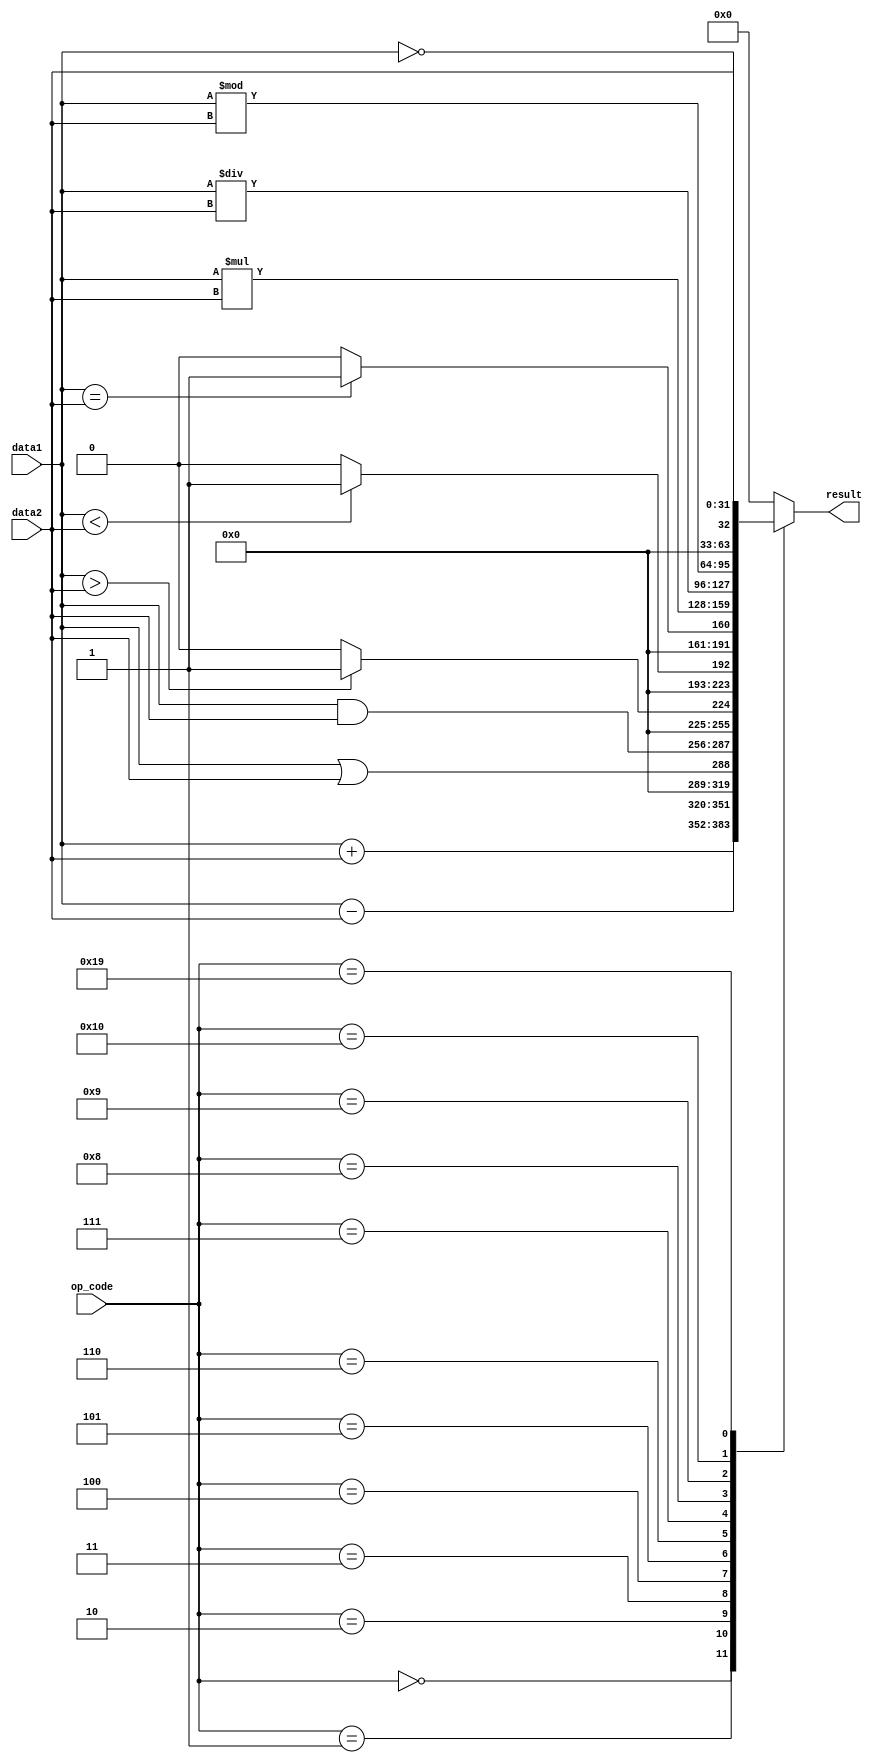
module Alu (
    input [4:0]op_code,
    input [31:0]data1, 
    input [31:0]data2,
    output [31:0]result
    );
    reg [31:0]result_reg;
    
    //Definitions
    localparam [4 : 0]
        ADD  = 'h0,
        SUB  = 'h1,  
        OR   = 'h2,
        AND  = 'h3,
        SG   = 'h4,
        SL   = 'h5,
        SE   = 'h6,
        MULT = 'h7,
        DIV  = 'h8,
        MOD  = 'h9,
        NOT  = 'h10,
        SW   = 'h19,
        JL   = 'h12;
    //END Definition

    always @(*)
    begin
        case (op_code)
		ADD:result_reg=data1+data2;			
		SUB:result_reg=data1-data2;			
		OR: result_reg=data1 || data2;			
		AND:result_reg=data1 & data2;
		
		SG://Set great
		begin
			if(data1>data2) result_reg=1;
			else result_reg=0;
		end
		
		SL://Set less
		begin
			if(data1<data2) result_reg=1;
			else result_reg=0;
		end
		
		SE://Set equal
		begin
			if(data1==data2) result_reg=1;
			else result_reg=0;
		end
		
		MULT:result_reg=data1*data2;			
		DIV:result_reg=data1/data2;			
		MOD:result_reg=data1%data2;					
		NOT:result_reg=!data1;
		SW: result_reg=data2;
		default:result_reg=0;
        endcase
    end
    assign result= result_reg;

endmodule